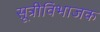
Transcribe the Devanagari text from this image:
सूत्रीविभाजक